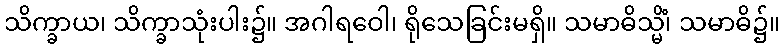
သိက္ခာယ၊ သိက္ခာသုံးပါး၌။ အဂါရဝေါ၊ ရိုသေခြင်းမရှိ။ သမာဓိသ္မိံ၊ သမာဓိ၌။